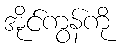
အိုင်ကွန်ကို